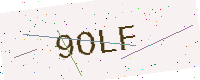
Text: 9OLF